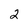
Character: 2